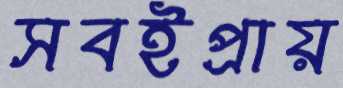
সবইপ্রায়